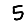
Digit: 5